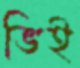
ভিই